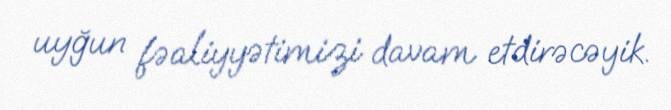
uyğun fəaliyyətimizi davam etdirəcəyik.